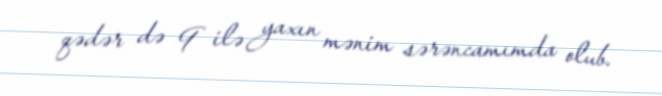
qədər də 9 ilə yaxın mənim sərəncamımda olub.